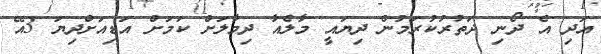
އަދި އެ ދޯނި ދަތުރުކުރަމުން ދިޔައީ މާލެއާ ދިމާލަށް ކަމަށް އަޑިއަށްދިޔަ 3އޭ